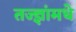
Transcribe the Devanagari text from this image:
तज्ज्ञांमधे